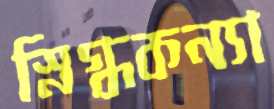
স্নিগ্ধকন্যা